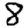
Digit: 8